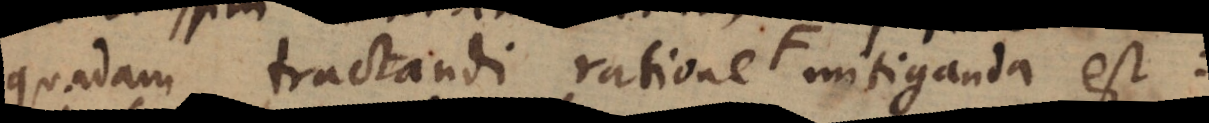
quadam tractandi ratione F mitiganda est: